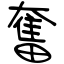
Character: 奮